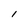
Character: 1